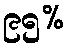
၉၅%